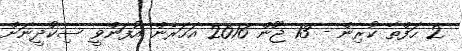
2 ހަފްތާ ކުރިން - 13 ޖޫން 2016 އަހަރެން އުފަންވީ ސިކުދީނަށް